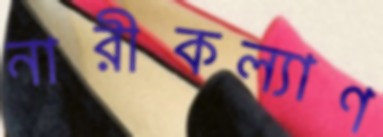
নারীকল্যাণ